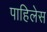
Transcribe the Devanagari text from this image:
पाहिलेस